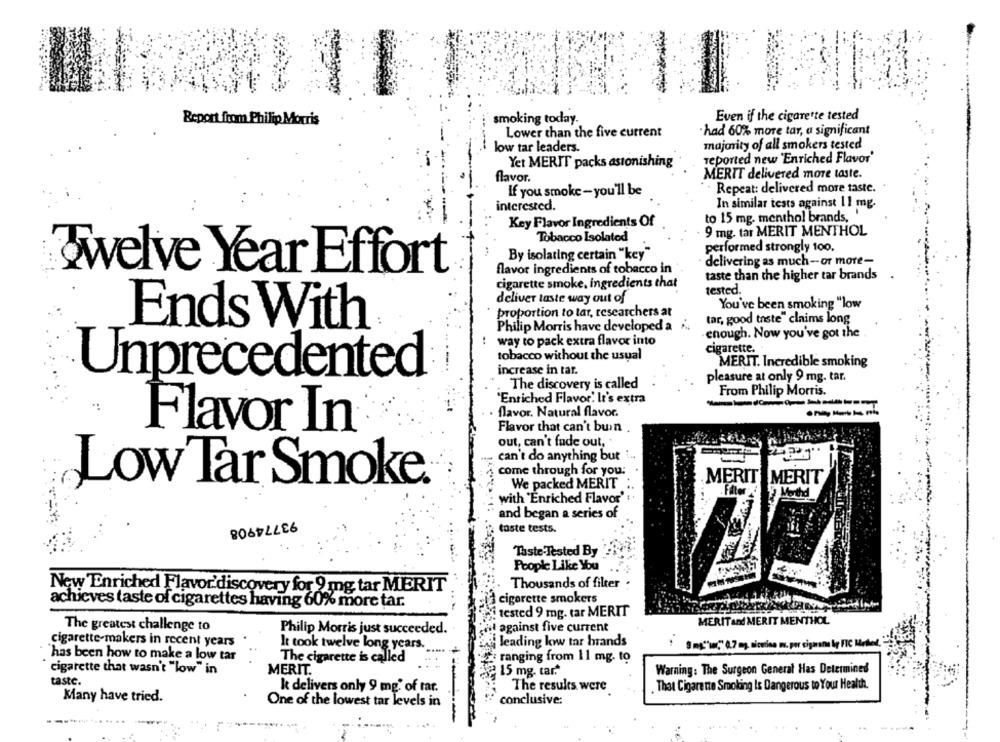
smoking today.
Even if the cigarette tested
Report from Philip Morris
Lower than the five current
had 60% more tar, a significant
low tar leaders.
majority of all smokers tested
Yet MERIT packs astonishing
reported new 'Enriched Flavor'
flavor.
MERIT delivered more taste.
If you smoke- you'll be
Repeat: delivered more taste.
interested.
In similar tests against 11 mg.
Key Flavor Ingredients Of
to 15 mg. menthol brands, '
Tobacco Isolated
9 mg. tar MERIT MENTHOL
performed strongly 100.
By isolaring certain "key"
delivering as much-or more-
&welve Year Effort
flavor ingredients of tobacco in
taste than the higher tar brands
cigarette smoke, ingredients that
tested.
deliver taste way out of
You've been smoking "low
proportion to tar, researchers at
tar, good taste" claims long
Ends With
Philip Morris have developed a 4
!
way to pack extra flavor into
enough. Now you've got the
cigarette.
tobacco without the usual
MERIT. Incredible smoking
increase in tar.
Unprecedented
pleasure at only 9 mg. tar.
The discovery is called
From Philip Morris.
'Enriched Flavor. It's extra
flavor. Natural flavor.
Flavor In
Flavor that can't buin
out, can't fade out,
can't do anything but
come through for you:
Low Tar Smoke.
MERIT MERIT
We packed MERIT
Merthd
with 'Enriched Flavor'
and began a series of
93774908
taste tests.
Taste Tested By
People Like You
Thousands of filter .
New Enriched Flavor'discovery for 9 mg tar MERIT
cigarette smokers
achieves taste of cigarettes having 60% more tar.
tested 9 mg. tar MERIT
MERIT And MERIT MENTHOL
The greatest challenge to
Philip Morris just succeeded.
against five current
cigarette-makers in recent years
It took twelve long years.
a leading loww tar brands
Smy"un," 0.7 mg nicotina w. por cigarane ly FIC Method
has been how to make a low tar
The cigarette is called
ranging from 11 mg. to
cigarette that wasn't "low" in
MERIT.
15 mg. tar."
Warning: The Surgeon General Has Determined
taste.
k delivers only 9 mg. of rat.
The results were
That Cigarette Smoking Is Dangerous to Your Healtha.
Many have tried.
One of the lowest tar levels in
conclusive: